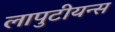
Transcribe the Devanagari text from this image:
लापुटीयन्स